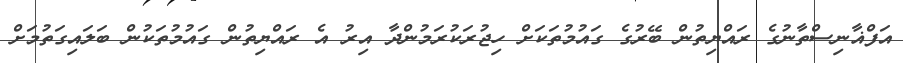
އަފްޣާނިސްތާނުގެ ރައްޔިތުން ބޭރުގެ ގައުމުތަކަށް ހިޖުރަކުރަމުންދާ އިރު އެ ރައްޔިތުން ގައުމުތަކުން ބަލައިގަތުމަށް